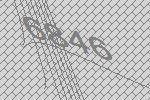
6846